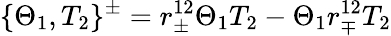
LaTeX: \{ \Theta_{1},T_{2}\} ^{\pm}=r_{\pm}^{12}\Theta_{1}T_{2}-\Theta_{1}r_{\mp}^{12}T_{2}